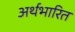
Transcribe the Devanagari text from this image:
अर्थभारित